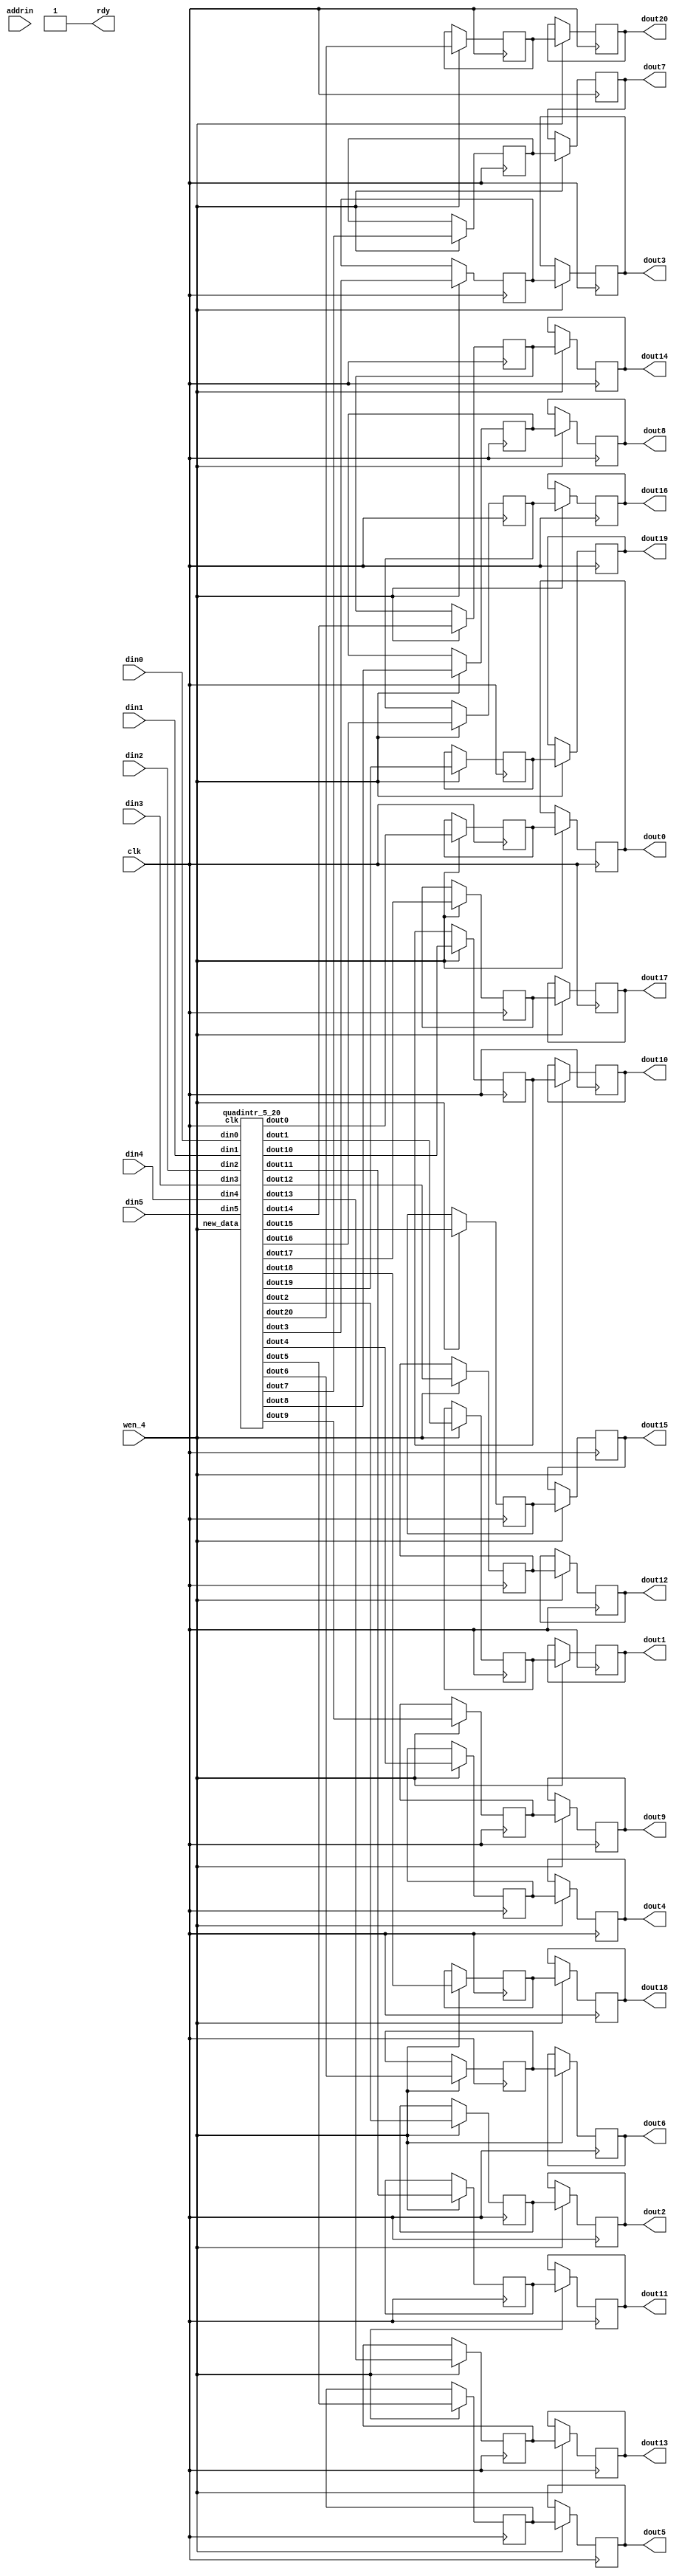

module wrapper_qs_intr_5_20 (clk,
   din0, 
   din1, 
   din2, 
   din3, 
   din4, 
   din5, 
wen_4, addrin, 
   dout0, 
   dout1, 
   dout2, 
   dout3, 
   dout4, 
   dout5, 
   dout6, 
   dout7, 
   dout8, 
   dout9, 
   dout10, 
   dout11, 
   dout12, 
   dout13, 
   dout14, 
   dout15, 
   dout16, 
   dout17, 
   dout18, 
   dout19, 
   dout20, 
rdy);

   input clk; 
   input[7:0] din0; 
   input[7:0] din1; 
   input[7:0] din2; 
   input[7:0] din3; 
   input[7:0] din4; 
   input[7:0] din5; 
   input wen_4; 
   output[15:0] dout0; 
   output[15:0] dout1; 
   output[15:0] dout2; 
   output[15:0] dout3; 
   output[15:0] dout4; 
   output[15:0] dout5; 
   output[15:0] dout6; 
   output[15:0] dout7; 
   output[15:0] dout8; 
   output[15:0] dout9; 
   output[15:0] dout10; 
   output[15:0] dout11; 
   output[15:0] dout12; 
   output[15:0] dout13; 
   output[15:0] dout14; 
   output[15:0] dout15; 
   output[15:0] dout16; 
   output[15:0] dout17; 
   output[15:0] dout18; 
   output[15:0] dout19; 
   output[15:0] dout20; 
   wire[15:0] dout0; 
   wire[15:0] dout1; 
   wire[15:0] dout2; 
   wire[15:0] dout3; 
   wire[15:0] dout4; 
   wire[15:0] dout5; 
   wire[15:0] dout6; 
   wire[15:0] dout7; 
   wire[15:0] dout8; 
   wire[15:0] dout9; 
   wire[15:0] dout10; 
   wire[15:0] dout11; 
   wire[15:0] dout12; 
   wire[15:0] dout13; 
   wire[15:0] dout14; 
   wire[15:0] dout15; 
   wire[15:0] dout16; 
   wire[15:0] dout17; 
   wire[15:0] dout18; 
   wire[15:0] dout19; 
   wire[15:0] dout20; 
   input[18:0] addrin; 
   output rdy; 
   wire rdy;
   wire[15:0] dout_tmp0; 
   wire[15:0] dout_tmp1; 
   wire[15:0] dout_tmp2; 
   wire[15:0] dout_tmp3; 
   wire[15:0] dout_tmp4; 
   wire[15:0] dout_tmp5; 
   wire[15:0] dout_tmp6; 
   wire[15:0] dout_tmp7; 
   wire[15:0] dout_tmp8; 
   wire[15:0] dout_tmp9; 
   wire[15:0] dout_tmp10; 
   wire[15:0] dout_tmp11; 
   wire[15:0] dout_tmp12; 
   wire[15:0] dout_tmp13; 
   wire[15:0] dout_tmp14; 
   wire[15:0] dout_tmp15; 
   wire[15:0] dout_tmp16; 
   wire[15:0] dout_tmp17; 
   wire[15:0] dout_tmp18; 
   wire[15:0] dout_tmp19; 
   wire[15:0] dout_tmp20; 
   wire[7:0] addr_tmp; 
   wire[15:0] dout_tt; 

	reg [15:0]tmy_ram0;
	reg [15:0]tmy_ram1;
	reg [15:0]tmy_ram2;
	reg [15:0]tmy_ram3;
	reg [15:0]tmy_ram4;
	reg [15:0]tmy_ram5;
	reg [15:0]tmy_ram6;
	reg [15:0]tmy_ram7;
	reg [15:0]tmy_ram8;
	reg [15:0]tmy_ram9;
	reg [15:0]tmy_ram10;
	reg [15:0]tmy_ram11;
	reg [15:0]tmy_ram12;
	reg [15:0]tmy_ram13;
	reg [15:0]tmy_ram14;
	reg [15:0]tmy_ram15;
	reg [15:0]tmy_ram16;
	reg [15:0]tmy_ram17;
	reg [15:0]tmy_ram18;
	reg [15:0]tmy_ram19;
	reg [15:0]tmy_ram20;
	reg [15:0]my_ram0;
	reg [15:0]my_ram1;
	reg [15:0]my_ram2;
	reg [15:0]my_ram3;
	reg [15:0]my_ram4;
	reg [15:0]my_ram5;
	reg [15:0]my_ram6;
	reg [15:0]my_ram7;
	reg [15:0]my_ram8;
	reg [15:0]my_ram9;
	reg [15:0]my_ram10;
	reg [15:0]my_ram11;
	reg [15:0]my_ram12;
	reg [15:0]my_ram13;
	reg [15:0]my_ram14;
	reg [15:0]my_ram15;
	reg [15:0]my_ram16;
	reg [15:0]my_ram17;
	reg [15:0]my_ram18;
	reg [15:0]my_ram19;
	reg [15:0]my_ram20;

	assign rdy = 1'b1;
	assign dout0 = my_ram0;
	assign dout1 = my_ram1;
	assign dout2 = my_ram2;
	assign dout3 = my_ram3;
	assign dout4 = my_ram4;
	assign dout5 = my_ram5;
	assign dout6 = my_ram6;
	assign dout7 = my_ram7;
	assign dout8 = my_ram8;
	assign dout9 = my_ram9;
	assign dout10 = my_ram10;
	assign dout11 = my_ram11;
	assign dout12 = my_ram12;
	assign dout13 = my_ram13;
	assign dout14 = my_ram14;
	assign dout15 = my_ram15;
	assign dout16 = my_ram16;
	assign dout17 = my_ram17;
	assign dout18 = my_ram18;
	assign dout19 = my_ram19;
	assign dout20 = my_ram20;
	always @(posedge clk)
	begin
		if (wen_4 == 1'b1)	
		begin
			tmy_ram0 <= dout_tmp0;
			tmy_ram1 <= dout_tmp1;
			tmy_ram2 <= dout_tmp2;
			tmy_ram3 <= dout_tmp3;
			tmy_ram4 <= dout_tmp4;
			tmy_ram5 <= dout_tmp5;
			tmy_ram6 <= dout_tmp6;
			tmy_ram7 <= dout_tmp7;
			tmy_ram8 <= dout_tmp8;
			tmy_ram9 <= dout_tmp9;
			tmy_ram10 <= dout_tmp10;
			tmy_ram11 <= dout_tmp11;
			tmy_ram12 <= dout_tmp12;
			tmy_ram13 <= dout_tmp13;
			tmy_ram14 <= dout_tmp14;
			tmy_ram15 <= dout_tmp15;
			tmy_ram16 <= dout_tmp16;
			tmy_ram17 <= dout_tmp17;
			tmy_ram18 <= dout_tmp18;
			tmy_ram19 <= dout_tmp19;
			tmy_ram20 <= dout_tmp20;
			my_ram0 <= tmy_ram0;
			my_ram1 <= tmy_ram1;
			my_ram2 <= tmy_ram2;
			my_ram3 <= tmy_ram3;
			my_ram4 <= tmy_ram4;
			my_ram5 <= tmy_ram5;
			my_ram6 <= tmy_ram6;
			my_ram7 <= tmy_ram7;
			my_ram8 <= tmy_ram8;
			my_ram9 <= tmy_ram9;
			my_ram10 <= tmy_ram10;
			my_ram11 <= tmy_ram11;
			my_ram12 <= tmy_ram12;
			my_ram13 <= tmy_ram13;
			my_ram14 <= tmy_ram14;
			my_ram15 <= tmy_ram15;
			my_ram16 <= tmy_ram16;
			my_ram17 <= tmy_ram17;
			my_ram18 <= tmy_ram18;
			my_ram19 <= tmy_ram19;
			my_ram20 <= tmy_ram20;
		end
	end

   assign addr_tmp = {1'b0, addrin} ;


   quadintr_5_20  my_inst_quadintr(clk, wen_4,
   din0, 
   din1, 
   din2, 
   din3, 
   din4, 
   din5, 
   dout_tmp0, 
   dout_tmp1, 
   dout_tmp2, 
   dout_tmp3, 
   dout_tmp4, 
   dout_tmp5, 
   dout_tmp6, 
   dout_tmp7, 
   dout_tmp8, 
   dout_tmp9, 
   dout_tmp10, 
   dout_tmp11, 
   dout_tmp12, 
   dout_tmp13, 
   dout_tmp14, 
   dout_tmp15, 
   dout_tmp16, 
   dout_tmp17, 
   dout_tmp18, 
   dout_tmp19, 
   dout_tmp20);
endmodule
module quadintr_5_20 (clk, new_data,
   din0,
   din1,
   din2,
   din3,
   din4,
   din5,
   dout0,
   dout1,
   dout2,
   dout3,
   dout4,
   dout5,
   dout6,
   dout7,
   dout8,
   dout9,
   dout10,
   dout11,
   dout12,
   dout13,
   dout14,
   dout15,
   dout16,
   dout17,
   dout18,
   dout19,
   dout20); 

   input clk; 
   input new_data; 
   input[7:0] din0; 
   input[7:0] din1; 
   input[7:0] din2; 
   input[7:0] din3; 
   input[7:0] din4; 
   input[7:0] din5; 
   reg[7:0] dinr0; 
   reg[7:0] dinr1; 
   reg[7:0] dinr2; 
   reg[7:0] dinr3; 
   reg[7:0] dinr4; 
   reg[7:0] dinr5; 
   output[15:0] dout0; 
   output[15:0] dout1; 
   output[15:0] dout2; 
   output[15:0] dout3; 
   output[15:0] dout4; 
   output[15:0] dout5; 
   output[15:0] dout6; 
   output[15:0] dout7; 
   output[15:0] dout8; 
   output[15:0] dout9; 
   output[15:0] dout10; 
   output[15:0] dout11; 
   output[15:0] dout12; 
   output[15:0] dout13; 
   output[15:0] dout14; 
   output[15:0] dout15; 
   output[15:0] dout16; 
   output[15:0] dout17; 
   output[15:0] dout18; 
   output[15:0] dout19; 
   output[15:0] dout20; 
   reg[15:0] dout0; 
   reg[15:0] dout1; 
   reg[15:0] dout2; 
   reg[15:0] dout3; 
   reg[15:0] dout4; 
   reg[15:0] dout5; 
   reg[15:0] dout6; 
   reg[15:0] dout7; 
   reg[15:0] dout8; 
   reg[15:0] dout9; 
   reg[15:0] dout10; 
   reg[15:0] dout11; 
   reg[15:0] dout12; 
   reg[15:0] dout13; 
   reg[15:0] dout14; 
   reg[15:0] dout15; 
   reg[15:0] dout16; 
   reg[15:0] dout17; 
   reg[15:0] dout18; 
   reg[15:0] dout19; 
   reg[15:0] dout20; 

   reg[7:0] tmp_10; 
   reg[7:0] tmp_11; 
   reg[7:0] tmp_12; 
   reg[7:0] tmp_13; 
   reg[7:0] tmp_14; 
   reg[7:0] tmp_15; 
   reg[7:0] tmp_16; 
   reg[7:0] tmp_17; 
   reg[7:0] tmp_18; 
   reg[7:0] tmp_19; 
   reg[7:0] tmp_110; 
   reg[7:0] tmp_20; 
   reg[7:0] tmp_21; 
   reg[7:0] tmp_22; 
   reg[7:0] tmp_23; 
   reg[7:0] tmp_24; 
   reg[7:0] tmp_25; 
   reg[7:0] tmp_26; 
   reg[7:0] tmp_27; 
   reg[7:0] tmp_28; 
   reg[7:0] tmp_29; 
   reg[7:0] tmp_210; 
   reg[7:0] tmp_30; 
   reg[7:0] tmp_31; 
   reg[7:0] tmp_32; 
   reg[7:0] tmp_33; 
   reg[7:0] tmp_34; 
   reg[7:0] tmp_35; 
   reg[7:0] tmp_36; 
   reg[7:0] tmp_37; 
   reg[7:0] tmp_38; 
   reg[7:0] tmp_39; 
   reg[7:0] tmp_310; 
   reg[8:0] add_tmp0; 
   reg[8:0] add_tmp1; 
   reg[8:0] add_tmp2; 
   reg[8:0] add_tmp3; 
   reg[8:0] add_tmp4; 
   reg[8:0] add_tmp5; 
   reg[8:0] add_tmp6; 
   reg[8:0] add_tmp7; 
   reg[8:0] add_tmp8; 
   reg[8:0] add_tmp9; 
   reg[8:0] add_tmp10; 
   reg[8:0] doutr0; 
   reg[8:0] doutr1; 
   reg[8:0] doutr2; 
   reg[8:0] doutr3; 
   reg[8:0] doutr4; 
   reg[8:0] doutr5; 
   reg[8:0] doutr6; 
   reg[8:0] doutr7; 
   reg[8:0] doutr8; 
   reg[8:0] doutr9; 
   reg[8:0] doutr10; 
   reg[8:0] doutr11; 
   reg[8:0] doutr12; 
   reg[8:0] doutr13; 
   reg[8:0] doutr14; 
   reg[8:0] doutr15; 
   reg[8:0] doutr16; 
   reg[8:0] doutr17; 
   reg[8:0] doutr18; 
   reg[8:0] doutr19; 
   reg[8:0] doutr20; 


   reg[8:0] tmp_1_100; 
   reg[8:0] tmp_1_101; 
   reg[8:0] tmp_1_102; 
   reg[8:0] tmp_1_103; 
   reg[8:0] tmp_1_104; 
   reg[8:0] tmp_1_105; 
   reg[8:0] tmp_1_106; 
   reg[8:0] tmp_1_107; 
   reg[8:0] tmp_1_108; 
   reg[8:0] tmp_1_109; 
   reg[8:0] tmp_1_1010; 
   reg[8:0] tmp_1_1011; 
   reg[8:0] tmp_1_1012; 
   reg[8:0] tmp_1_1013; 
   reg[8:0] tmp_1_1014; 
   reg[8:0] tmp_1_1015; 
   reg[8:0] tmp_1_1016; 
   reg[8:0] tmp_1_1017; 
   reg[8:0] tmp_1_1018; 
   reg[8:0] tmp_1_1019; 
   reg[8:0] tmp_1_1020; 
   reg[8:0] tmp_2_100; 
   reg[8:0] tmp_2_101; 
   reg[8:0] tmp_2_102; 
   reg[8:0] tmp_2_103; 
   reg[8:0] tmp_2_104; 
   reg[8:0] tmp_2_105; 
   reg[8:0] tmp_2_106; 
   reg[8:0] tmp_2_107; 
   reg[8:0] tmp_2_108; 
   reg[8:0] tmp_2_109; 
   reg[8:0] tmp_2_1010; 
   reg[8:0] tmp_2_1011; 
   reg[8:0] tmp_2_1012; 
   reg[8:0] tmp_2_1013; 
   reg[8:0] tmp_2_1014; 
   reg[8:0] tmp_2_1015; 
   reg[8:0] tmp_2_1016; 
   reg[8:0] tmp_2_1017; 
   reg[8:0] tmp_2_1018; 
   reg[8:0] tmp_2_1019; 
   reg[8:0] tmp_2_1020; 
   reg[8:0] tmp_3_100; 
   reg[8:0] tmp_3_101; 
   reg[8:0] tmp_3_102; 
   reg[8:0] tmp_3_103; 
   reg[8:0] tmp_3_104; 
   reg[8:0] tmp_3_105; 
   reg[8:0] tmp_3_106; 
   reg[8:0] tmp_3_107; 
   reg[8:0] tmp_3_108; 
   reg[8:0] tmp_3_109; 
   reg[8:0] tmp_3_1010; 
   reg[8:0] tmp_3_1011; 
   reg[8:0] tmp_3_1012; 
   reg[8:0] tmp_3_1013; 
   reg[8:0] tmp_3_1014; 
   reg[8:0] tmp_3_1015; 
   reg[8:0] tmp_3_1016; 
   reg[8:0] tmp_3_1017; 
   reg[8:0] tmp_3_1018; 
   reg[8:0] tmp_3_1019; 
   reg[8:0] tmp_3_1020; 
   reg[8:0] add_tmp_100; 
   reg[8:0] add_tmp_101; 
   reg[8:0] add_tmp_102; 
   reg[8:0] add_tmp_103; 
   reg[8:0] add_tmp_104; 
   reg[8:0] add_tmp_105; 
   reg[8:0] add_tmp_106; 
   reg[8:0] add_tmp_107; 
   reg[8:0] add_tmp_108; 
   reg[8:0] add_tmp_109; 
   reg[8:0] add_tmp_1010; 
   reg[8:0] add_tmp_1011; 
   reg[8:0] add_tmp_1012; 
   reg[8:0] add_tmp_1013; 
   reg[8:0] add_tmp_1014; 
   reg[8:0] add_tmp_1015; 
   reg[8:0] add_tmp_1016; 
   reg[8:0] add_tmp_1017; 
   reg[8:0] add_tmp_1018; 
   reg[8:0] add_tmp_1019; 
   reg[8:0] add_tmp_1020; 

   reg[8:0] doutr_100; 
   reg[8:0] doutr_101; 
   reg[8:0] doutr_102; 
   reg[8:0] doutr_103; 
   reg[8:0] doutr_104; 
   reg[8:0] doutr_105; 
   reg[8:0] doutr_106; 
   reg[8:0] doutr_107; 
   reg[8:0] doutr_108; 
   reg[8:0] doutr_109; 
   reg[8:0] doutr_1010; 

   always @(posedge clk)
   begin
         if (new_data == 1'b1)
         begin
			dinr0 <= din0;
			dinr1 <= din1;
			dinr2 <= din2;
			dinr3 <= din3;
			dinr4 <= din4;
			dinr5 <= din5;

			dout0[15:9] <= {doutr0[8],doutr0[8],doutr0[8],doutr0[8],doutr0[8],doutr0[8],doutr0[8]};
			dout1[15:9] <= {doutr1[8],doutr1[8],doutr1[8],doutr1[8],doutr1[8],doutr1[8],doutr1[8]};
			dout2[15:9] <= {doutr2[8],doutr2[8],doutr2[8],doutr2[8],doutr2[8],doutr2[8],doutr2[8]};
			dout3[15:9] <= {doutr3[8],doutr3[8],doutr3[8],doutr3[8],doutr3[8],doutr3[8],doutr3[8]};
			dout4[15:9] <= {doutr4[8],doutr4[8],doutr4[8],doutr4[8],doutr4[8],doutr4[8],doutr4[8]};
			dout5[15:9] <= {doutr5[8],doutr5[8],doutr5[8],doutr5[8],doutr5[8],doutr5[8],doutr5[8]};
			dout6[15:9] <= {doutr6[8],doutr6[8],doutr6[8],doutr6[8],doutr6[8],doutr6[8],doutr6[8]};
			dout7[15:9] <= {doutr7[8],doutr7[8],doutr7[8],doutr7[8],doutr7[8],doutr7[8],doutr7[8]};
			dout8[15:9] <= {doutr8[8],doutr8[8],doutr8[8],doutr8[8],doutr8[8],doutr8[8],doutr8[8]};
			dout9[15:9] <= {doutr9[8],doutr9[8],doutr9[8],doutr9[8],doutr9[8],doutr9[8],doutr9[8]};
			dout10[15:9] <= {doutr10[8],doutr10[8],doutr10[8],doutr10[8],doutr10[8],doutr10[8],doutr10[8]};
			dout11[15:9] <= {doutr11[8],doutr11[8],doutr11[8],doutr11[8],doutr11[8],doutr11[8],doutr11[8]};
			dout12[15:9] <= {doutr12[8],doutr12[8],doutr12[8],doutr12[8],doutr12[8],doutr12[8],doutr12[8]};
			dout13[15:9] <= {doutr13[8],doutr13[8],doutr13[8],doutr13[8],doutr13[8],doutr13[8],doutr13[8]};
			dout14[15:9] <= {doutr14[8],doutr14[8],doutr14[8],doutr14[8],doutr14[8],doutr14[8],doutr14[8]};
			dout15[15:9] <= {doutr15[8],doutr15[8],doutr15[8],doutr15[8],doutr15[8],doutr15[8],doutr15[8]};
			dout16[15:9] <= {doutr16[8],doutr16[8],doutr16[8],doutr16[8],doutr16[8],doutr16[8],doutr16[8]};
			dout17[15:9] <= {doutr17[8],doutr17[8],doutr17[8],doutr17[8],doutr17[8],doutr17[8],doutr17[8]};
			dout18[15:9] <= {doutr18[8],doutr18[8],doutr18[8],doutr18[8],doutr18[8],doutr18[8],doutr18[8]};
			dout19[15:9] <= {doutr19[8],doutr19[8],doutr19[8],doutr19[8],doutr19[8],doutr19[8],doutr19[8]};
			dout20[15:9] <= {doutr20[8],doutr20[8],doutr20[8],doutr20[8],doutr20[8],doutr20[8],doutr20[8]};
			dout0[8:0] <= doutr0;
			dout1[8:0] <= doutr1;
			dout2[8:0] <= doutr2;
			dout3[8:0] <= doutr3;
			dout4[8:0] <= doutr4;
			dout5[8:0] <= doutr5;
			dout6[8:0] <= doutr6;
			dout7[8:0] <= doutr7;
			dout8[8:0] <= doutr8;
			dout9[8:0] <= doutr9;
			dout10[8:0] <= doutr10;
			dout11[8:0] <= doutr11;
			dout12[8:0] <= doutr12;
			dout13[8:0] <= doutr13;
			dout14[8:0] <= doutr14;
			dout15[8:0] <= doutr15;
			dout16[8:0] <= doutr16;
			dout17[8:0] <= doutr17;
			dout18[8:0] <= doutr18;
			dout19[8:0] <= doutr19;
			dout20[8:0] <= doutr20;
		end

				doutr_100 <= {dinr0[8-1], dinr0};
				doutr_102 <= {dinr1[8-1], dinr1};
				doutr_104 <= {dinr2[8-1], dinr2};
				doutr_106 <= {dinr3[8-1], dinr3};

				tmp_11 <= {dinr0[8-1], dinr0[8-1], dinr0[8-1:2]} + {dinr0[8-1], dinr0[8-1], dinr0[8-1], dinr0[8-1:3]};
				tmp_13 <= {dinr1[8-1], dinr1[8-1], dinr1[8-1:2]} + {dinr1[8-1], dinr1[8-1], dinr1[8-1], dinr1[8-1:3]};
				tmp_15 <= {dinr2[8-1], dinr2[8-1], dinr2[8-1:2]} + {dinr2[8-1], dinr2[8-1], dinr2[8-1], dinr2[8-1:3]};
				tmp_17 <= {dinr3[8-1], dinr3[8-1], dinr3[8-1:2]} + {dinr3[8-1], dinr3[8-1], dinr3[8-1], dinr3[8-1:3]};
				
				tmp_21 <= {dinr1[8-1], dinr1[8-1:1]} + {dinr1[8-1], dinr1[8-1], dinr1[8-1:2]};
				tmp_23 <= {dinr2[8-1], dinr2[8-1:1]} + {dinr2[8-1], dinr2[8-1], dinr2[8-1:2]};
				tmp_25 <= {dinr3[8-1], dinr3[8-1:1]} + {dinr3[8-1], dinr3[8-1], dinr3[8-1:2]};
				tmp_27 <= {dinr4[8-1], dinr4[8-1:1]} + {dinr4[8-1], dinr4[8-1], dinr4[8-1:2]};
				
				tmp_31 <= {dinr2[8-1], dinr2[8-1], dinr2[8-1], dinr2[8-1:3]};
				tmp_33 <= {dinr3[8-1], dinr3[8-1], dinr3[8-1], dinr3[8-1:3]};
				tmp_35 <= {dinr4[8-1], dinr4[8-1], dinr4[8-1], dinr4[8-1:3]};
				tmp_37 <= {dinr5[8-1], dinr5[8-1], dinr5[8-1], dinr5[8-1:3]};

				add_tmp1 <= {tmp_11[8-1], tmp_11} + {tmp_21[8-1], tmp_21};
				add_tmp3 <= {tmp_13[8-1], tmp_13} + {tmp_23[8-1], tmp_23};
				add_tmp5 <= {tmp_15[8-1], tmp_15} + {tmp_25[8-1], tmp_25};
				add_tmp7 <= {tmp_17[8-1], tmp_17} + {tmp_27[8-1], tmp_27};

				doutr_101 <= add_tmp1 - {tmp_31[8-1], tmp_31};
				doutr_103 <= add_tmp3 - {tmp_33[8-1], tmp_33};
				doutr_105 <= add_tmp5 - {tmp_35[8-1], tmp_35};
				doutr_107 <= add_tmp7 - {tmp_37[8-1], tmp_37};

		doutr_108 <= {dinr4[8-1] , dinr4};

		tmp_19 <= {dinr3[8-1], dinr3[8-1] , dinr3[8-1] , dinr3[8-1:3]};

		tmp_29 <= {dinr4[8-1], dinr4[8-1:1]} +
				{dinr4[8-1], dinr4[8-1] , dinr4[8-1:2]};

		tmp_39 <= {dinr5[8-1] , dinr5[8-1] , dinr5[8-1:2]} +
			{dinr5[8-1] , dinr5[8-1] , dinr5[8-1] , dinr5[8-1:3]};

		add_tmp9 <= {tmp_29[8-1] , tmp_29} + 
						  {tmp_39[8-1] , tmp_39};

		doutr_109 <= add_tmp9 - {tmp_19[8-1] , tmp_19};

		doutr_1010 <= {dinr5[8-1] , dinr5};

			doutr0 <= doutr_100;
			doutr2 <= doutr_101;
			doutr4 <= doutr_102;
			doutr6 <= doutr_103;
			doutr8 <= doutr_104;
			doutr10 <= doutr_105;
			doutr12 <= doutr_106;
			doutr14 <= doutr_107;
			doutr16 <= doutr_108;

			tmp_1_101 <= {doutr_100[8] , doutr_100[8] , doutr_100[8:2]} + {doutr_100[8] , doutr_100[8] , doutr_100[8] , doutr_100[8:3]};
			tmp_1_103 <= {doutr_101[8] , doutr_101[8] , doutr_101[8:2]} + {doutr_101[8] , doutr_101[8] , doutr_101[8] , doutr_101[8:3]};
			tmp_1_105 <= {doutr_102[8] , doutr_102[8] , doutr_102[8:2]} + {doutr_102[8] , doutr_102[8] , doutr_102[8] , doutr_102[8:3]};
			tmp_1_107 <= {doutr_103[8] , doutr_103[8] , doutr_103[8:2]} + {doutr_103[8] , doutr_103[8] , doutr_103[8] , doutr_103[8:3]};
			tmp_1_109 <= {doutr_104[8] , doutr_104[8] , doutr_104[8:2]} + {doutr_104[8] , doutr_104[8] , doutr_104[8] , doutr_104[8:3]};
			tmp_1_1011 <= {doutr_105[8] , doutr_105[8] , doutr_105[8:2]} + {doutr_105[8] , doutr_105[8] , doutr_105[8] , doutr_105[8:3]};
			tmp_1_1013 <= {doutr_106[8] , doutr_106[8] , doutr_106[8:2]} + {doutr_106[8] , doutr_106[8] , doutr_106[8] , doutr_106[8:3]};
			tmp_1_1015 <= {doutr_107[8] , doutr_107[8] , doutr_107[8:2]} + {doutr_107[8] , doutr_107[8] , doutr_107[8] , doutr_107[8:3]};
			tmp_1_1017 <= {doutr_108[8] , doutr_108[8] , doutr_108[8:2]} + {doutr_108[8] , doutr_108[8] , doutr_108[8] , doutr_108[8:3]};
				
			tmp_2_101 <= {doutr_101[8], doutr_101[8:1]} + {doutr_101[8], doutr_101[8] , doutr_101[8:2]};
			tmp_2_103 <= {doutr_102[8], doutr_102[8:1]} + {doutr_102[8], doutr_102[8] , doutr_102[8:2]};
			tmp_2_105 <= {doutr_103[8], doutr_103[8:1]} + {doutr_103[8], doutr_103[8] , doutr_103[8:2]};
			tmp_2_107 <= {doutr_104[8], doutr_104[8:1]} + {doutr_104[8], doutr_104[8] , doutr_104[8:2]};
			tmp_2_109 <= {doutr_105[8], doutr_105[8:1]} + {doutr_105[8], doutr_105[8] , doutr_105[8:2]};
			tmp_2_1011 <= {doutr_106[8], doutr_106[8:1]} + {doutr_106[8], doutr_106[8] , doutr_106[8:2]};
			tmp_2_1013 <= {doutr_107[8], doutr_107[8:1]} + {doutr_107[8], doutr_107[8] , doutr_107[8:2]};
			tmp_2_1015 <= {doutr_108[8], doutr_108[8:1]} + {doutr_108[8], doutr_108[8] , doutr_108[8:2]};
			tmp_2_1017 <= {doutr_109[8], doutr_109[8:1]} + {doutr_109[8], doutr_109[8] , doutr_109[8:2]};
			
			tmp_3_101 <= {doutr_102[8], doutr_102[8] , doutr_102[8] , doutr_102[8:3]};
			tmp_3_103 <= {doutr_103[8], doutr_103[8] , doutr_103[8] , doutr_103[8:3]};
			tmp_3_105 <= {doutr_104[8], doutr_104[8] , doutr_104[8] , doutr_104[8:3]};
			tmp_3_107 <= {doutr_105[8], doutr_105[8] , doutr_105[8] , doutr_105[8:3]};
			tmp_3_109 <= {doutr_106[8], doutr_106[8] , doutr_106[8] , doutr_106[8:3]};
			tmp_3_1011 <= {doutr_107[8], doutr_107[8] , doutr_107[8] , doutr_107[8:3]};
			tmp_3_1013 <= {doutr_108[8], doutr_108[8] , doutr_108[8] , doutr_108[8:3]};
			tmp_3_1015 <= {doutr_109[8], doutr_109[8] , doutr_109[8] , doutr_109[8:3]};
			tmp_3_1017 <= {doutr_1010[8], doutr_1010[8] , doutr_1010[8] , doutr_1010[8:3]};

			add_tmp_101 <= tmp_1_101 + tmp_2_101;
			add_tmp_103 <= tmp_1_103 + tmp_2_103;
			add_tmp_105 <= tmp_1_105 + tmp_2_105;
			add_tmp_107 <= tmp_1_107 + tmp_2_107;
			add_tmp_109 <= tmp_1_109 + tmp_2_109;
			add_tmp_1011 <= tmp_1_1011 + tmp_2_1011;
			add_tmp_1013 <= tmp_1_1013 + tmp_2_1013;
			add_tmp_1015 <= tmp_1_1015 + tmp_2_1015;
			add_tmp_1017 <= tmp_1_1017 + tmp_2_1017;

			doutr1 <= add_tmp_101 - tmp_3_101;
			doutr3 <= add_tmp_103 - tmp_3_103;
			doutr5 <= add_tmp_105 - tmp_3_105;
			doutr7 <= add_tmp_107 - tmp_3_107;
			doutr9 <= add_tmp_109 - tmp_3_109;
			doutr11 <= add_tmp_1011 - tmp_3_1011;
			doutr13 <= add_tmp_1013 - tmp_3_1013;
			doutr15 <= add_tmp_1015 - tmp_3_1015;
			doutr17 <= add_tmp_1017 - tmp_3_1017;

		doutr18 <= doutr_109;

		tmp_1_1019 <= {doutr_108[8], doutr_108[8] , doutr_108[8] , doutr_108[8:3]};

		tmp_2_1019 <= {doutr_109[8], doutr_109[8:1]} +
				{doutr_109[8], doutr_109[8] , doutr_109[8:2]};
				
		tmp_3_1019 <= {doutr_1010[8] , doutr_1010[8] , doutr_1010[8:2]} +
			{doutr_1010[8] , doutr_1010[8] , doutr_1010[8] , doutr_1010[8:3]};

		add_tmp_1019 <= tmp_2_1019 + tmp_3_1019;

		doutr19 <= add_tmp_1019 - tmp_1_1019;

		doutr20 <= doutr_1010;
   end 
endmodule